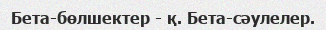
Бета-бөлшектер - қ. Бета-сәулелер.